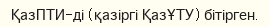
ҚазПТИ-ді (қазіргі ҚазҰТУ) бітірген.